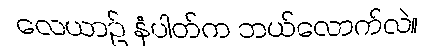
လေယာဉ် နံပါတ်က ဘယ်လောက်လဲ။